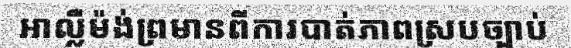
អាល្លឺម៉ង់ព្រមានពីការបាត់ភាពស្របច្បាប់